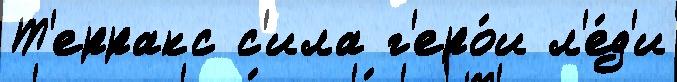
Т'ерракс с'ила г'еро́и л'е́д'и